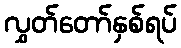
လွှတ်တော်နှစ်ရပ်